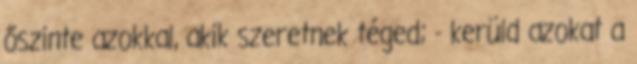
őszinte azokkal, akik szeretnek téged; - kerüld azokat a